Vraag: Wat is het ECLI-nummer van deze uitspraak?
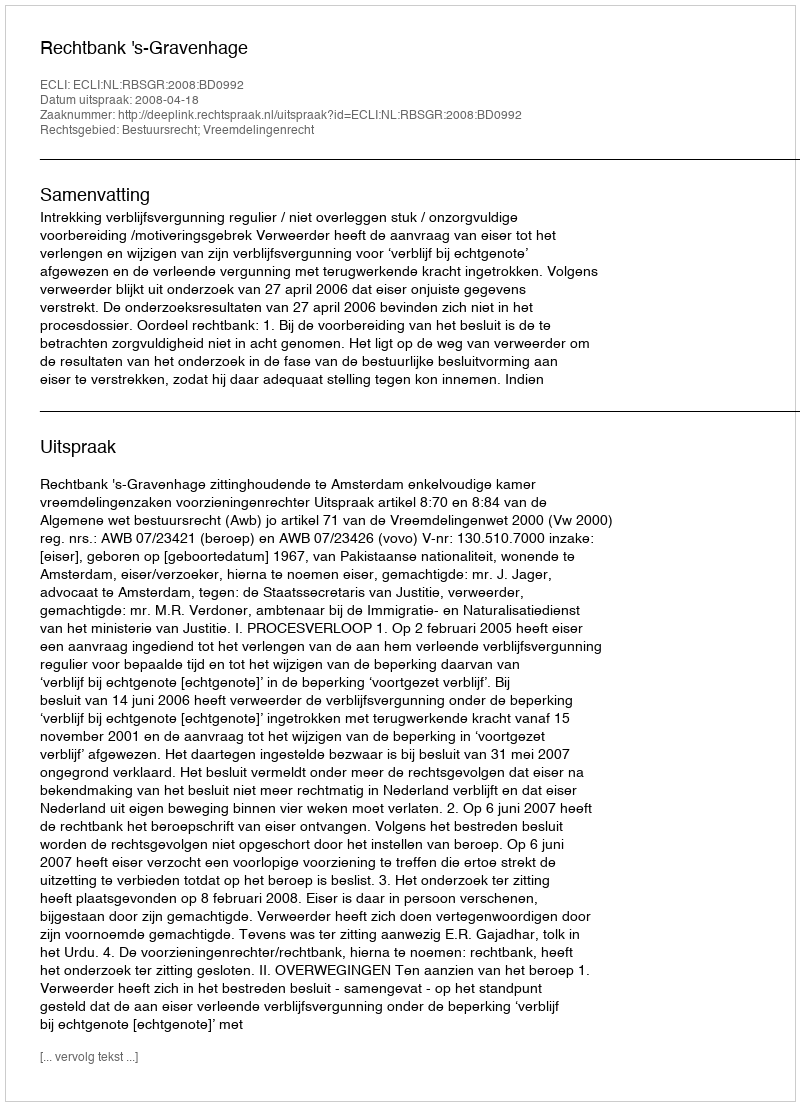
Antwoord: ECLI:NL:RBSGR:2008:BD0992